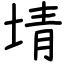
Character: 埥